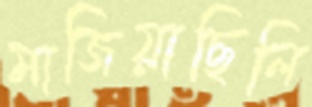
মাজিয়াছিলি